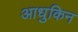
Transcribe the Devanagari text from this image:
आधुकिन